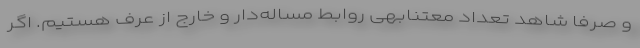
و صرفا شاهد تعداد معتنابهی روابط مساله‌دار و خارج از عرف هستیم. اگر